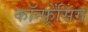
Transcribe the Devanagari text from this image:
कॉन्फ़्रेंसिंग